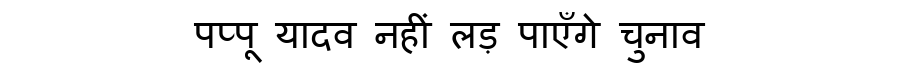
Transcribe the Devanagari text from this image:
पप्पू यादव नहीं लड़ पाएँगे चुनाव